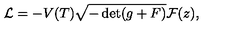
{ \cal L } = - V ( T ) \sqrt { - \det ( g + F ) } { \cal F } ( z ) ,